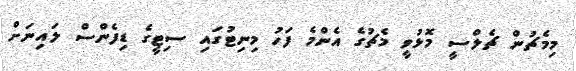
މިމެޗުން ޗެލްސީ މޮޅުވީ މެޗުގެ އެންމެ ފަހު މިނިޓުގައި ސިޓީގެ ޑިފެންސް ލައިނަށް